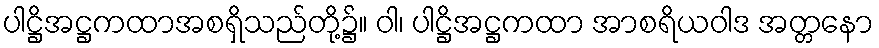
ပါဋ္ဌိအဋ္ဌကထာအစရှိသည်တို့၌။ ဝါ၊ ပါဋ္ဌိအဋ္ဌကထာ အာစရိယဝါဒ အတ္တနော